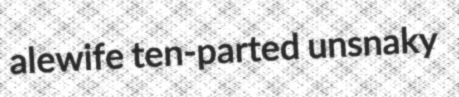
alewife ten-parted unsnaky